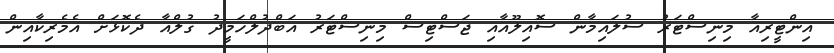
އިންޓީރިއާ މިނިސްޓަރު ސުލައިމާން ސޮއިލޫއާއި ޖަސްޓިސް މިނިސްޓަރު އަބްދުލްހަމީދު ގުލްއާ ދެކޮޅަށް އެމެރިކާއިން